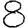
Digit: 8